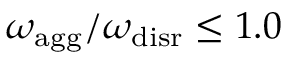
{ \omega _ { \mathrm { a g g } } / \omega _ { \mathrm { d i s r } } \leq 1 . 0 }